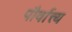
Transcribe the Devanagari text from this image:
पौर्वात्त्य